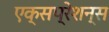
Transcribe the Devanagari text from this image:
एक्सप्रेशन्स